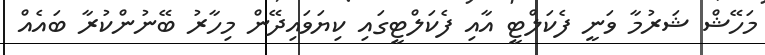
މަހޭޝް ޝަރުމާ ވަނީ ފެކަލްޓީ އާއި ފެކަލްޓީގައި ކިޔަވައިދޭން މިހާރު ބޭނުންކުރާ ބައެއް